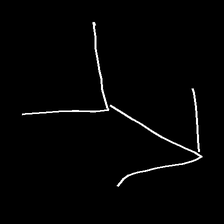
Glyph: gather